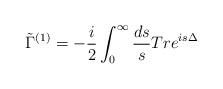
LaTeX: \begin{align*}\tilde{\Gamma}^{(1)}=-\frac{i}{2}\int_0^{\infty} \frac{ds}{s}Tr e^{is\Delta}\end{align*}